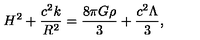
H ^ { 2 } + \frac { c ^ { 2 } k } { R ^ { 2 } } = \frac { 8 \pi G \rho } { 3 } + \frac { c ^ { 2 } \Lambda } { 3 } ,